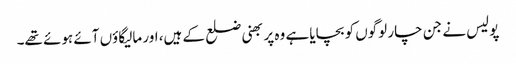
پولیس نے جن چار لوگوں کو بچایا ہے وہ پربھنی ضلع کے ہیں، اور مالیگاؤں آئے ہوئے تھے۔